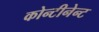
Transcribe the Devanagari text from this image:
कोन्टीनेन्ट